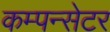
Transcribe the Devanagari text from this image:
कम्पन्सेटर